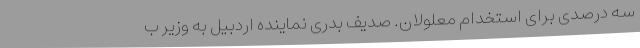
سه درصدی برای استخدام معلولان. صدیف بدری نماینده اردبیل به وزیر ب